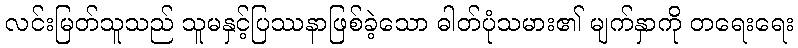
လင်းမြတ်သူသည် သူမနှင့်ပြဿနာဖြစ်ခဲ့သော ဓါတ်ပုံသမား၏ မျက်နှာကို တရေးရေး